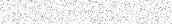
٤٧